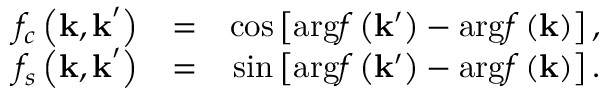
\begin{array} { r l r } { f _ { c } \left( \mathbf { k , k } ^ { \prime } \right) } & { = } & { \cos \left[ \mathrm { a r g } f \left( \mathbf { k } ^ { \prime } \right) - \mathrm { a r g } f \left( \mathbf { k } \right) \right] , } \\ { f _ { s } \left( \mathbf { k , k } ^ { \prime } \right) } & { = } & { \sin \left[ \mathrm { a r g } f \left( \mathbf { k } ^ { \prime } \right) - \mathrm { a r g } f \left( \mathbf { k } \right) \right] . } \end{array}